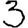
Digit: 3